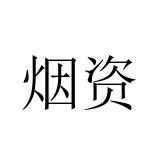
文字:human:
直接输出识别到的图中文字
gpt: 烟资